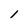
Character: l